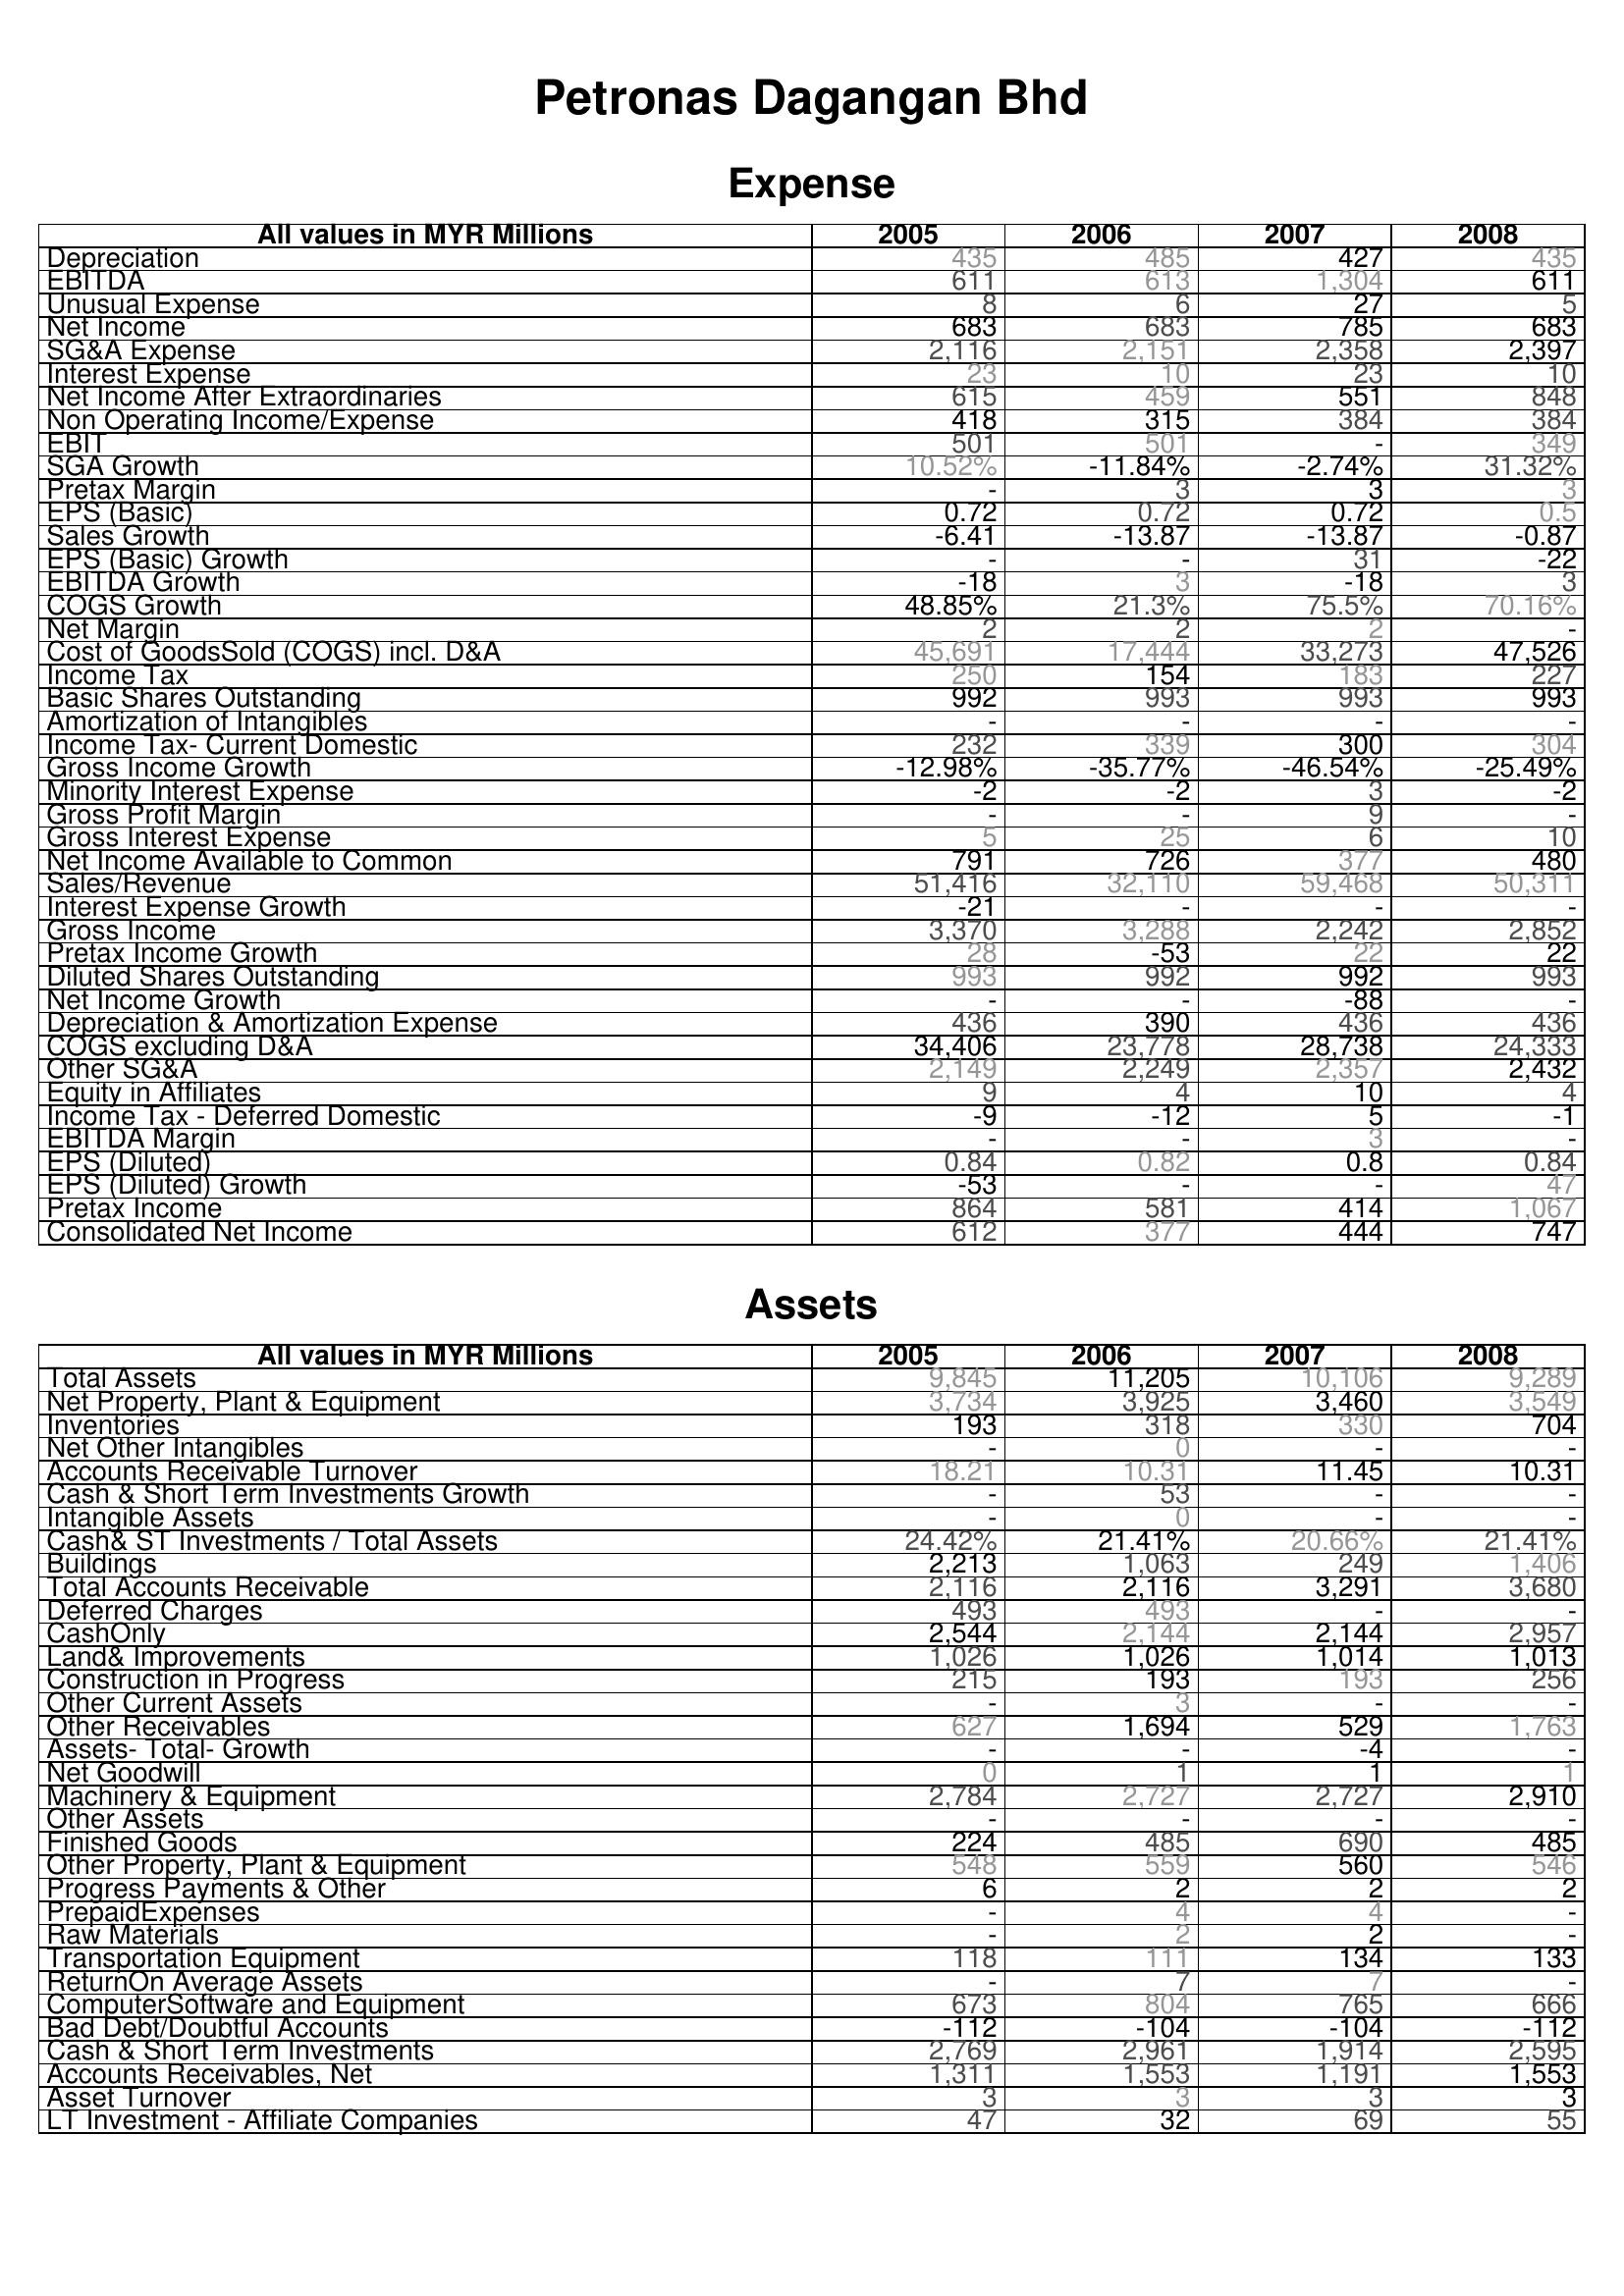
2005: Expense: Depreciation: 435
EBITDA: 611
Unusual Expense: 8
Net Income: 683
SG&A Expense: 2,116
Interest Expense: 23
Net Income After Extraordinaries: 615
Non Operating Income/Expense: 418
EBIT: 501
SGA Growth: 10.52%
Pretax Margin: -
EPS (Basic): 0.72
Sales Growth: -6.41
EPS (Basic) Growth: -
EBITDA Growth: -18
COGS Growth: 48.85%
Net Margin: 2
Cost of GoodsSold (COGS) incl. D&A: 45,691
Income Tax: 250
Basic Shares Outstanding: 992
Amortization of Intangibles: -
Income Tax- Current Domestic: 232
Gross Income Growth: -12.98%
Minority Interest Expense: -2
Gross Profit Margin: -
Gross Interest Expense: 5
Net Income Available to Common: 791
Sales/Revenue: 51,416
Interest Expense Growth: -21
Gross Income: 3,370
Pretax Income Growth: 28
Diluted Shares Outstanding: 993
Net Income Growth: -
Depreciation & Amortization Expense: 436
COGS excluding D&A: 34,406
Other SG&A: 2,149
Equity in Affiliates: 9
Income Tax - Deferred Domestic: -9
EBITDA Margin: -
EPS (Diluted): 0.84
EPS (Diluted) Growth: -53
Pretax Income: 864
Consolidated Net Income: 612
Assets: Total Assets: 9,845
Net Property, Plant & Equipment: 3,734
Inventories: 193
Net Other Intangibles: -
Accounts Receivable Turnover: 18.21
Cash & Short Term Investments Growth: -
Intangible Assets: -
Cash& ST Investments / Total Assets: 24.42%
Buildings: 2,213
Total Accounts Receivable: 2,116
Deferred Charges: 493
CashOnly: 2,544
Land& Improvements: 1,026
Construction in Progress: 215
Other Current Assets: -
Other Receivables: 627
Assets- Total- Growth: -
Net Goodwill: 0
Machinery & Equipment: 2,784
Other Assets: -
Finished Goods: 224
Other Property, Plant & Equipment: 548
Progress Payments & Other: 6
PrepaidExpenses: -
Raw Materials: -
Transportation Equipment: 118
ReturnOn Average Assets: -
ComputerSoftware and Equipment: 673
Bad Debt/Doubtful Accounts: -112
Cash & Short Term Investments: 2,769
Accounts Receivables, Net: 1,311
Asset Turnover: 3
LT Investment - Affiliate Companies: 47
2006: Expense: Depreciation: 485
EBITDA: 613
Unusual Expense: 6
Net Income: 683
SG&A Expense: 2,151
Interest Expense: 10
Net Income After Extraordinaries: 459
Non Operating Income/Expense: 315
EBIT: 501
SGA Growth: -11.84%
Pretax Margin: 3
EPS (Basic): 0.72
Sales Growth: -13.87
EPS (Basic) Growth: -
EBITDA Growth: 3
COGS Growth: 21.3%
Net Margin: 2
Cost of GoodsSold (COGS) incl. D&A: 17,444
Income Tax: 154
Basic Shares Outstanding: 993
Amortization of Intangibles: -
Income Tax- Current Domestic: 339
Gross Income Growth: -35.77%
Minority Interest Expense: -2
Gross Profit Margin: -
Gross Interest Expense: 25
Net Income Available to Common: 726
Sales/Revenue: 32,110
Interest Expense Growth: -
Gross Income: 3,288
Pretax Income Growth: -53
Diluted Shares Outstanding: 992
Net Income Growth: -
Depreciation & Amortization Expense: 390
COGS excluding D&A: 23,778
Other SG&A: 2,249
Equity in Affiliates: 4
Income Tax - Deferred Domestic: -12
EBITDA Margin: -
EPS (Diluted): 0.82
EPS (Diluted) Growth: -
Pretax Income: 581
Consolidated Net Income: 377
Assets: Total Assets: 11,205
Net Property, Plant & Equipment: 3,925
Inventories: 318
Net Other Intangibles: 0
Accounts Receivable Turnover: 10.31
Cash & Short Term Investments Growth: 53
Intangible Assets: 0
Cash& ST Investments / Total Assets: 21.41%
Buildings: 1,063
Total Accounts Receivable: 2,116
Deferred Charges: 493
CashOnly: 2,144
Land& Improvements: 1,026
Construction in Progress: 193
Other Current Assets: 3
Other Receivables: 1,694
Assets- Total- Growth: -
Net Goodwill: 1
Machinery & Equipment: 2,727
Other Assets: -
Finished Goods: 485
Other Property, Plant & Equipment: 559
Progress Payments & Other: 2
PrepaidExpenses: 4
Raw Materials: 2
Transportation Equipment: 111
ReturnOn Average Assets: 7
ComputerSoftware and Equipment: 804
Bad Debt/Doubtful Accounts: -104
Cash & Short Term Investments: 2,961
Accounts Receivables, Net: 1,553
Asset Turnover: 3
LT Investment - Affiliate Companies: 32
2007: Expense: Depreciation: 427
EBITDA: 1,304
Unusual Expense: 27
Net Income: 785
SG&A Expense: 2,358
Interest Expense: 23
Net Income After Extraordinaries: 551
Non Operating Income/Expense: 384
EBIT: -
SGA Growth: -2.74%
Pretax Margin: 3
EPS (Basic): 0.72
Sales Growth: -13.87
EPS (Basic) Growth: 31
EBITDA Growth: -18
COGS Growth: 75.5%
Net Margin: 2
Cost of GoodsSold (COGS) incl. D&A: 33,273
Income Tax: 183
Basic Shares Outstanding: 993
Amortization of Intangibles: -
Income Tax- Current Domestic: 300
Gross Income Growth: -46.54%
Minority Interest Expense: 3
Gross Profit Margin: 9
Gross Interest Expense: 6
Net Income Available to Common: 377
Sales/Revenue: 59,468
Interest Expense Growth: -
Gross Income: 2,242
Pretax Income Growth: 22
Diluted Shares Outstanding: 992
Net Income Growth: -88
Depreciation & Amortization Expense: 436
COGS excluding D&A: 28,738
Other SG&A: 2,357
Equity in Affiliates: 10
Income Tax - Deferred Domestic: 5
EBITDA Margin: 3
EPS (Diluted): 0.8
EPS (Diluted) Growth: -
Pretax Income: 414
Consolidated Net Income: 444
Assets: Total Assets: 10,106
Net Property, Plant & Equipment: 3,460
Inventories: 330
Net Other Intangibles: -
Accounts Receivable Turnover: 11.45
Cash & Short Term Investments Growth: -
Intangible Assets: -
Cash& ST Investments / Total Assets: 20.66%
Buildings: 249
Total Accounts Receivable: 3,291
Deferred Charges: -
CashOnly: 2,144
Land& Improvements: 1,014
Construction in Progress: 193
Other Current Assets: -
Other Receivables: 529
Assets- Total- Growth: -4
Net Goodwill: 1
Machinery & Equipment: 2,727
Other Assets: -
Finished Goods: 690
Other Property, Plant & Equipment: 560
Progress Payments & Other: 2
PrepaidExpenses: 4
Raw Materials: 2
Transportation Equipment: 134
ReturnOn Average Assets: 7
ComputerSoftware and Equipment: 765
Bad Debt/Doubtful Accounts: -104
Cash & Short Term Investments: 1,914
Accounts Receivables, Net: 1,191
Asset Turnover: 3
LT Investment - Affiliate Companies: 69
2008: Expense: Depreciation: 435
EBITDA: 611
Unusual Expense: 5
Net Income: 683
SG&A Expense: 2,397
Interest Expense: 10
Net Income After Extraordinaries: 848
Non Operating Income/Expense: 384
EBIT: 349
SGA Growth: 31.32%
Pretax Margin: 3
EPS (Basic): 0.5
Sales Growth: -0.87
EPS (Basic) Growth: -22
EBITDA Growth: 3
COGS Growth: 70.16%
Net Margin: -
Cost of GoodsSold (COGS) incl. D&A: 47,526
Income Tax: 227
Basic Shares Outstanding: 993
Amortization of Intangibles: -
Income Tax- Current Domestic: 304
Gross Income Growth: -25.49%
Minority Interest Expense: -2
Gross Profit Margin: -
Gross Interest Expense: 10
Net Income Available to Common: 480
Sales/Revenue: 50,311
Interest Expense Growth: -
Gross Income: 2,852
Pretax Income Growth: 22
Diluted Shares Outstanding: 993
Net Income Growth: -
Depreciation & Amortization Expense: 436
COGS excluding D&A: 24,333
Other SG&A: 2,432
Equity in Affiliates: 4
Income Tax - Deferred Domestic: -1
EBITDA Margin: -
EPS (Diluted): 0.84
EPS (Diluted) Growth: 47
Pretax Income: 1,067
Consolidated Net Income: 747
Assets: Total Assets: 9,289
Net Property, Plant & Equipment: 3,549
Inventories: 704
Net Other Intangibles: -
Accounts Receivable Turnover: 10.31
Cash & Short Term Investments Growth: -
Intangible Assets: -
Cash& ST Investments / Total Assets: 21.41%
Buildings: 1,406
Total Accounts Receivable: 3,680
Deferred Charges: -
CashOnly: 2,957
Land& Improvements: 1,013
Construction in Progress: 256
Other Current Assets: -
Other Receivables: 1,763
Assets- Total- Growth: -
Net Goodwill: 1
Machinery & Equipment: 2,910
Other Assets: -
Finished Goods: 485
Other Property, Plant & Equipment: 546
Progress Payments & Other: 2
PrepaidExpenses: -
Raw Materials: -
Transportation Equipment: 133
ReturnOn Average Assets: -
ComputerSoftware and Equipment: 666
Bad Debt/Doubtful Accounts: -112
Cash & Short Term Investments: 2,595
Accounts Receivables, Net: 1,553
Asset Turnover: 3
LT Investment - Affiliate Companies: 55